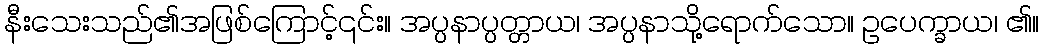
နီးသေးသည်၏အဖြစ်ကြောင့်၎င်း။ အပ္ပနာပ္ပတ္တာယ၊ အပ္ပနာသို့ရောက်သော။ ဥပေက္ခာယ၊ ၏။